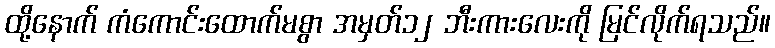
ထို့နောက် ကံကောင်းထောက်မစွာ အမှတ်၁၂ ဘီးကားလေးကို မြင်လိုက်ရသည်။